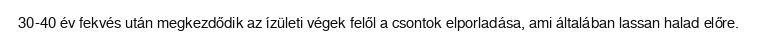
30-40 év fekvés után megkezdődik az ízületi végek felől a csontok elporladása, ami általában lassan halad előre.